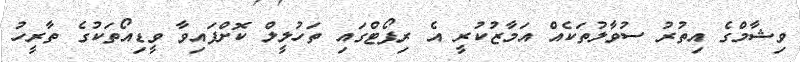
ވިޝާމްގެ އިތުރު ސުވާލުތަކެއް އަމާޒުކުރީ އެ ރިޕޯޓްގައި ތަހުލީލް ކޮށްފައިވާ ވީޑިއޯތަކުގެ ތާރީހު